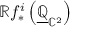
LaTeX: \mathbb { R } f _ { * } ^ { i } \left( { \underline { { \mathbb { Q } } } } _ { \mathbb { C } ^ { 2 } } \right)